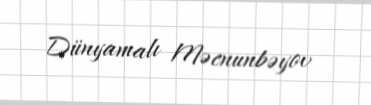
Dünyamalı Məcnunbəyov